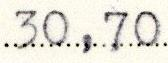
30,70